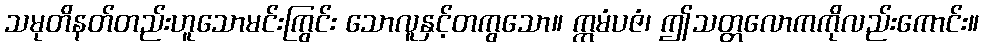
သမုတိနတ်တည်းဟူသောမင်းကြွင်း သောလူနှင့်တကွသော။ ဣမံပဇံ၊ ဤသတ္တလောကကိုလည်းကောင်း။